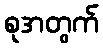
စုအတွက်